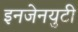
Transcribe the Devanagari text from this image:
इनजेनयुटी